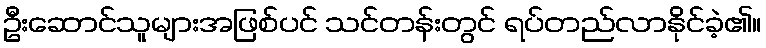
ဦးဆောင်သူများအဖြစ်ပင် သင်တန်းတွင် ရပ်တည်လာနိုင်ခဲ့၏။